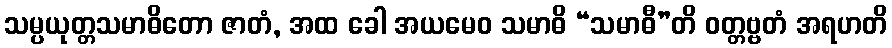
သမ္ပယုတ္တသမာဓိတော ဇာတံ, အထ ခေါ အယမေဝ သမာဓိ “သမာဓီ”တိ ဝတ္တဗ္ဗတံ အရဟတိ